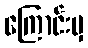
ကြောင်းမှ